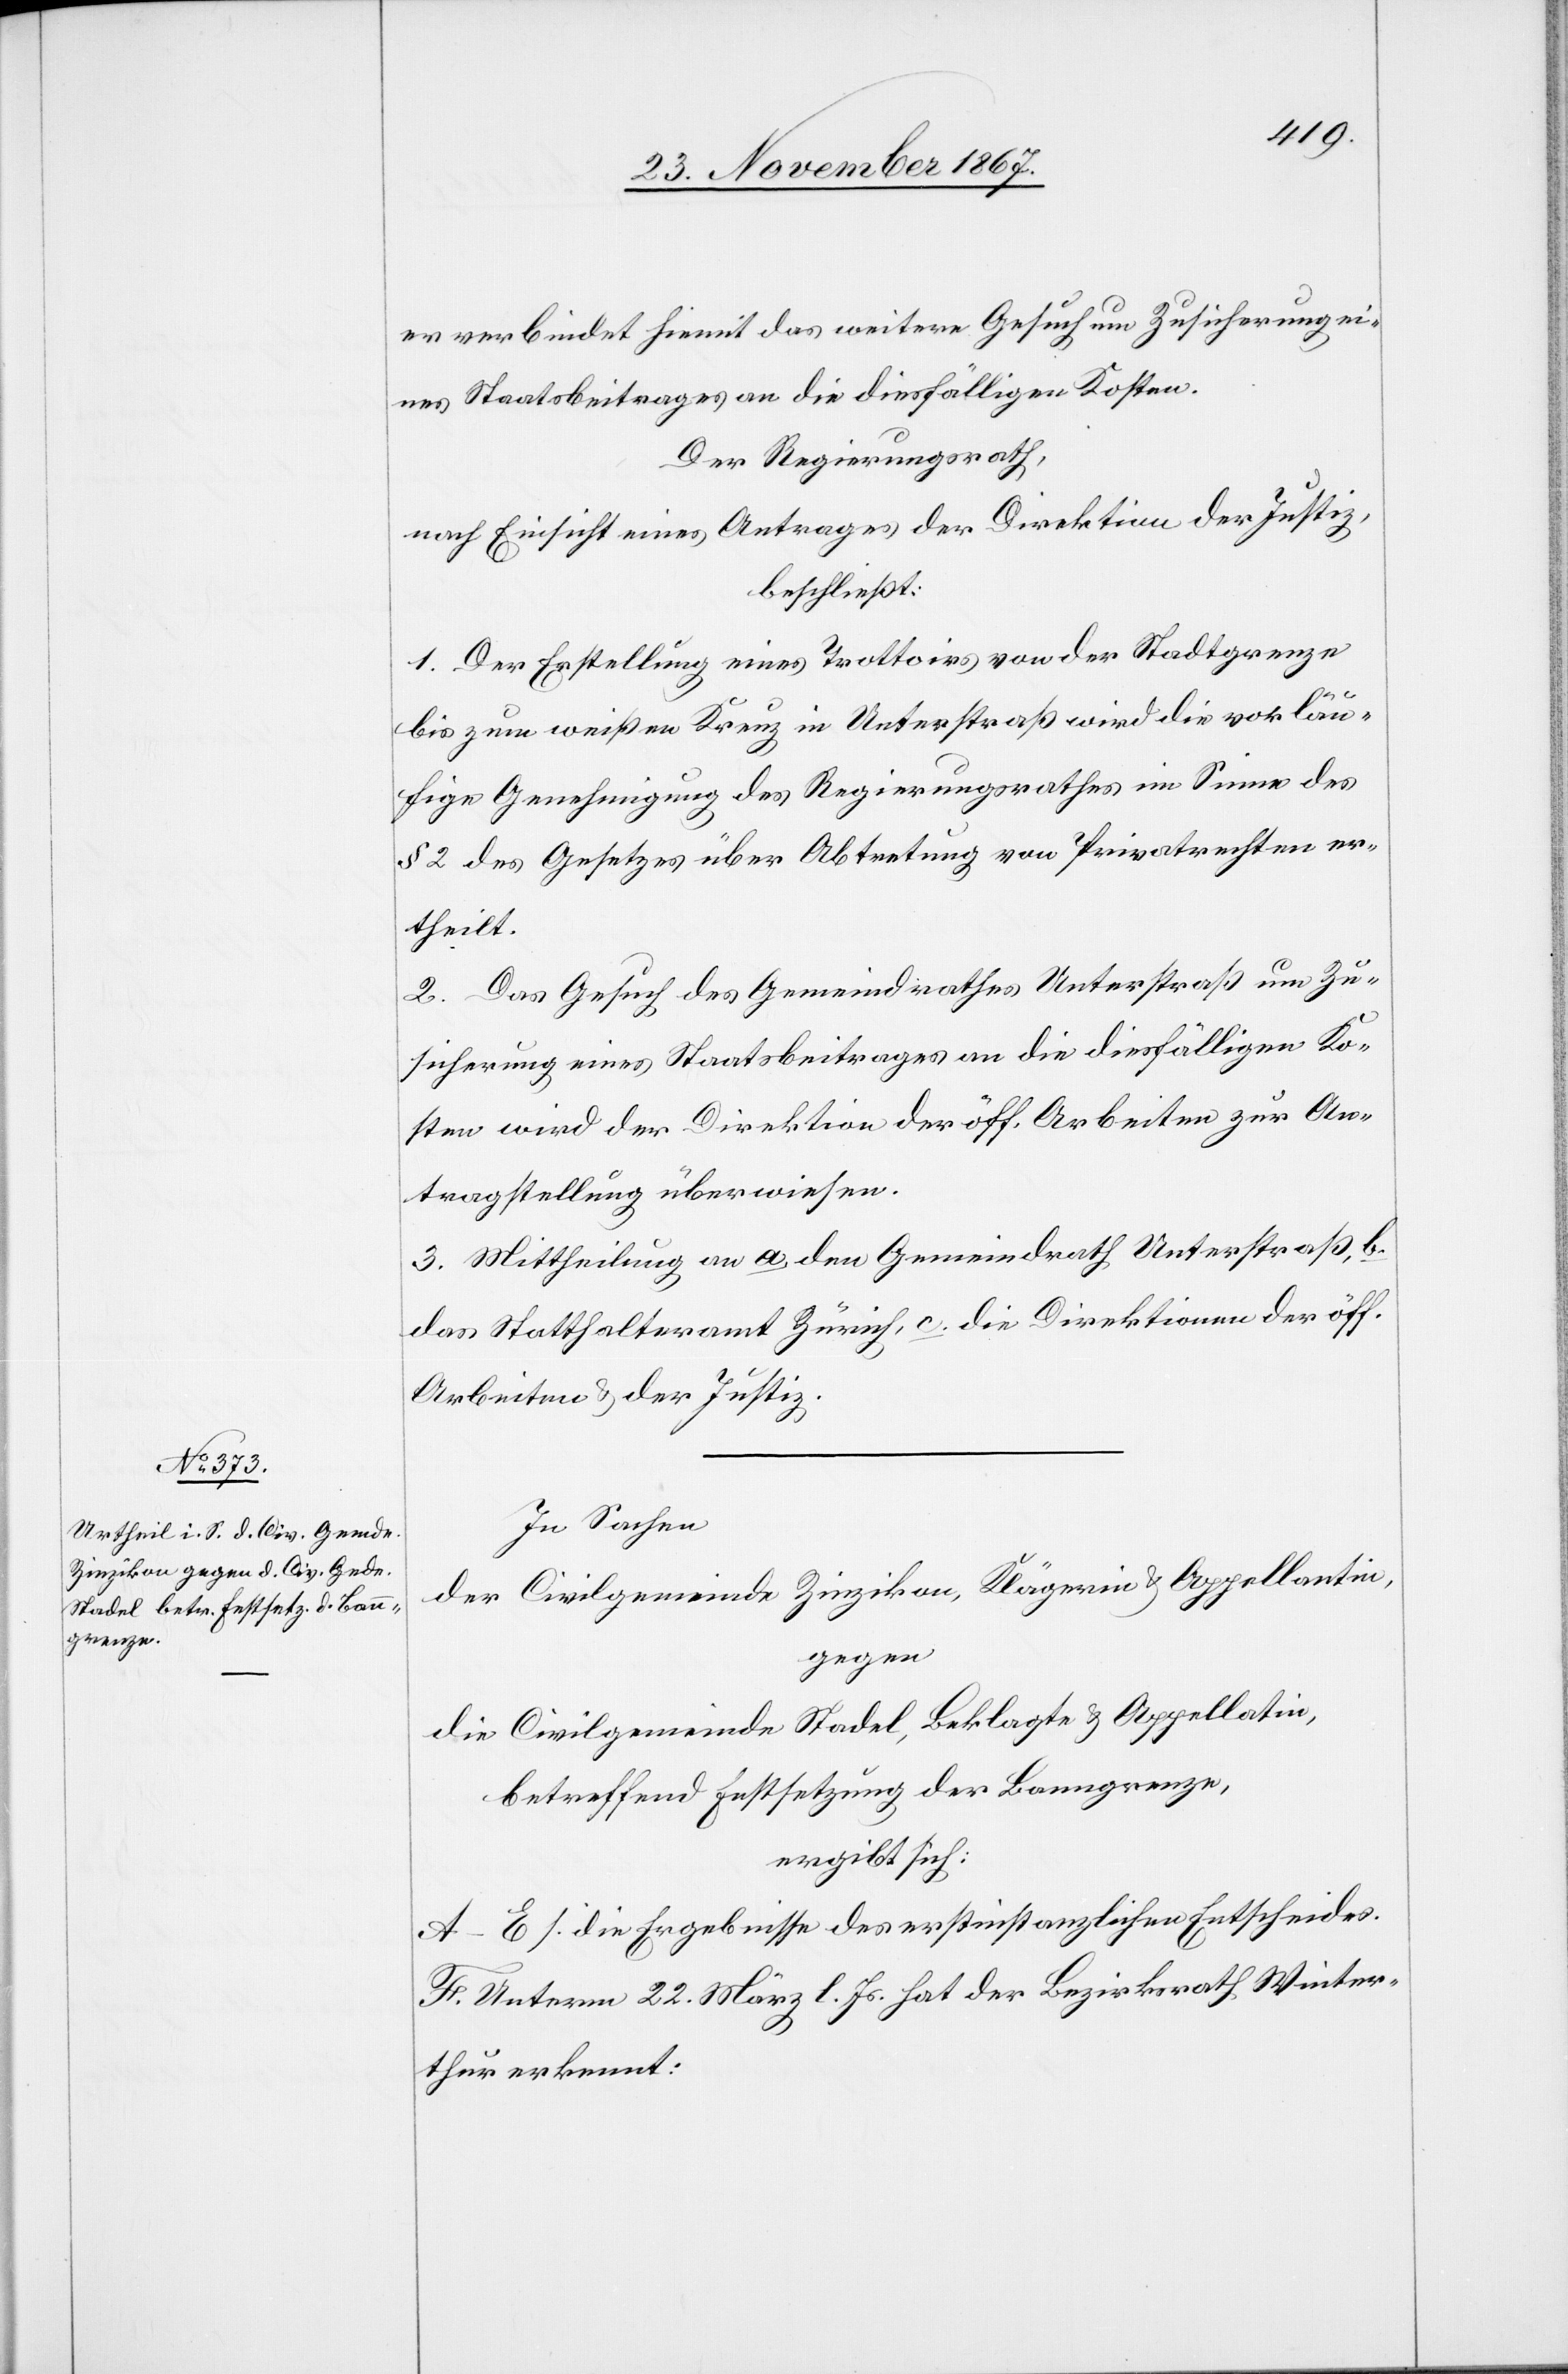
er verbindet hiemit das weitere Gesuch um Zusicherung ei¬
nes Staatsbeitrages an die diesfälligen Kosten.
Der Regierungsrath,
nach Einsicht eines Antrages der Direktion der Justiz,
beschließt:
1. Der Erstellung eines Trottoirs von der Stadtgrenze
bis zum weißen Kreuz in Unterstraß wird die vorläu¬
fige Genehmigung des Regierungsrathes im Sinne des
§ 2 des Gesetzes über Abtretung von Privatrechten er¬
theilt.
2. Das Gesuch des Gemeindrathes Unterstraß um Zu¬
sicherung eines Staatsbeitrages an die diesfälligen Ko¬
sten wird der Direktion der öff. Arbeiten zur An¬
tragstellung überwiesen.
3. Mittheilung an a. den Gemeindrath Unterstraß, b.
das Statthalteramt Zürich, c. die Direktionen der öff.
Arbeiten u. der Justiz.
In Sachen
der Civilgemeinde Zinzikon, Klägerin u. Appellantin,
gegen
die Civilgemeinde Stadel, Beklagte u. Appellatin,
betreffend Festsetzung der Banngrenze,
ergibt sich:
A–E s. die Ergebnisse des erstinstanzlichen Entscheides.
F. Unterm 22. März l. Js. hat der Bezirksrath Winter¬
thur erkennt: